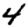
Digit: 4